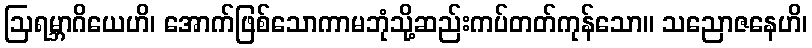
ဩရမ္ဘာဂိယေဟိ၊ အောက်ဖြစ်သောကာမဘုံသို့ဆည်းကပ်တတ်ကုန်သော။ သညောဇနေဟိ၊